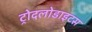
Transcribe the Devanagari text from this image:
ट्रोदलोडाइटस